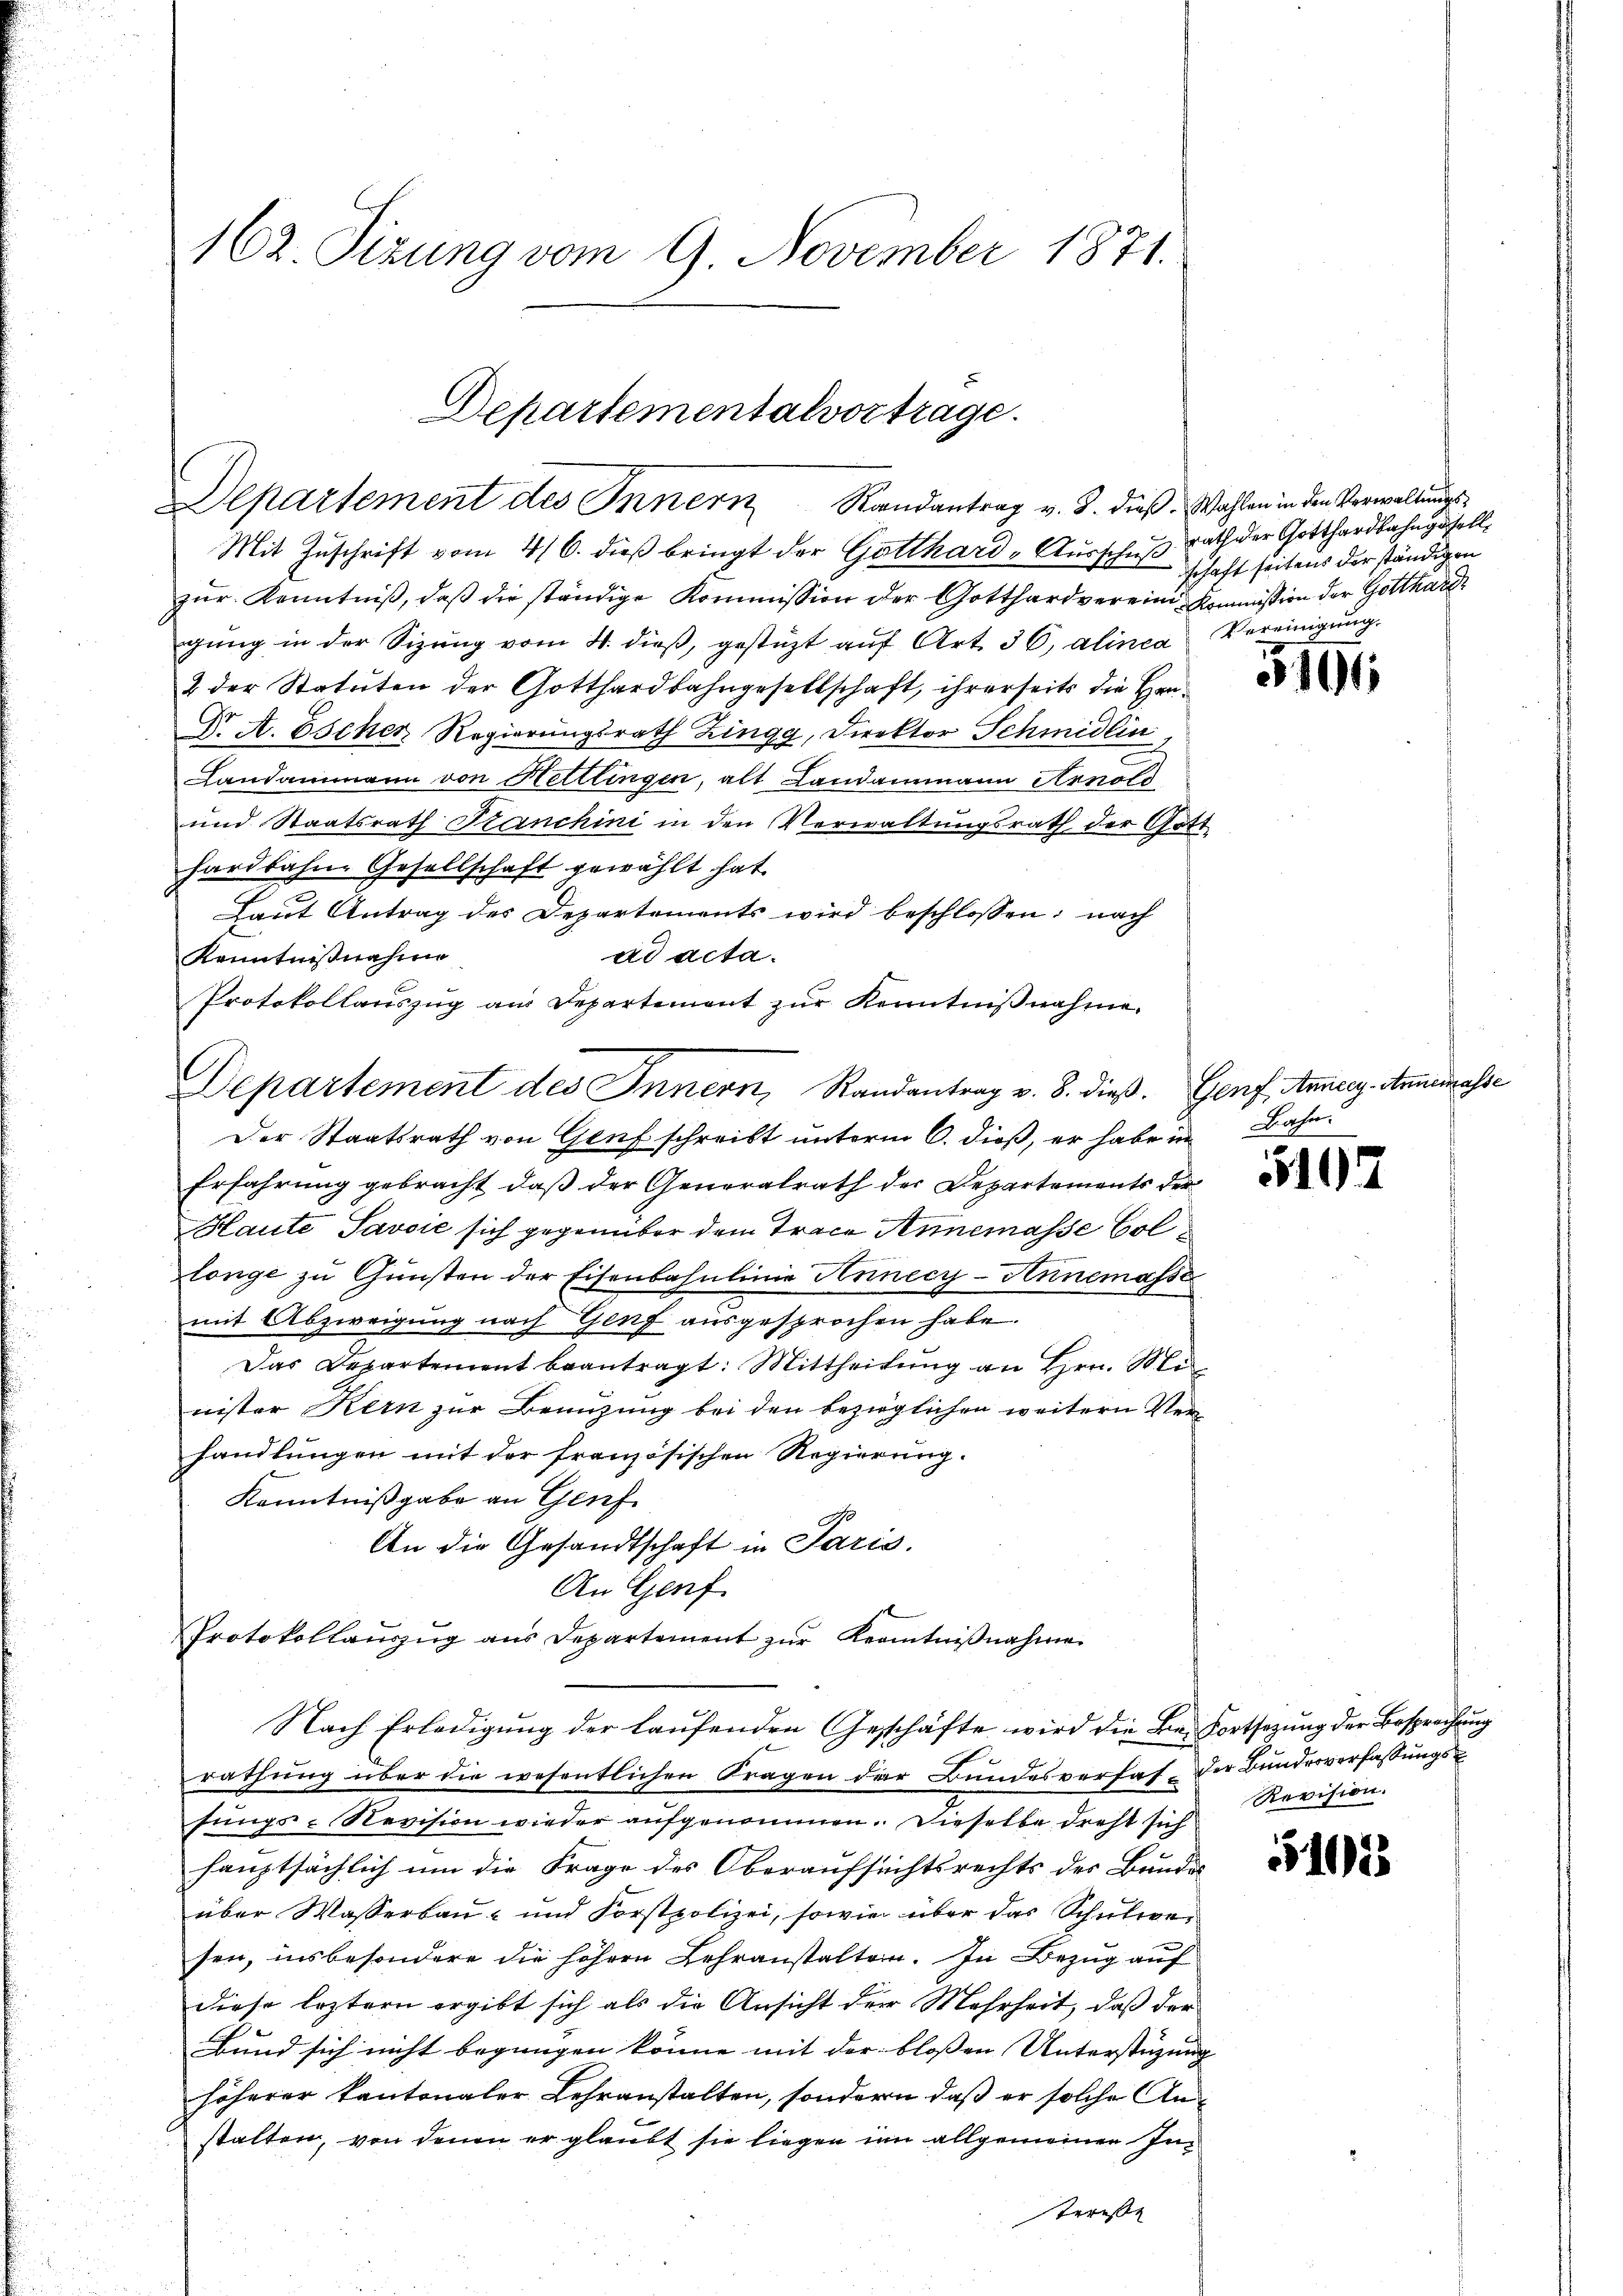
162. Sizung vom 9. November 1871.

Mit Zuschrift vom 4/6. dieß bringt der Gatthard-Ausschuß
zur Kenntniß, daß die ständige Kommission der Gotthardvereine Kommission der Gotthard
gŭng in der Sizŭng vom 4. dieβ, gestützt aŭf Art. 36, alinea Vereinigung.
& der Statuten der Gotthardbahngesellschaft, ihrerseits die Han¬
D. A. Escher Regierungsrath Zingg, Direktor Schmidlin,
Landammann von Hettlingen, alt Landammann Arnold
und Staatsrath Franchini in den Verwaltungsrath der Gott
hardbahne Gesellschaft gewählt hat.
Laut Antrag des Departements wird beschlossen: nach
ad acta.
Kenntnißnahme
Protokollauszug am Departement zur Kenntnißnahme
Der Staatsrath von Genf schreibt unterm 6. dieß, er habe in Bahn
Erfahrung gebracht, daß der Generalrath der Departements der
Haute Savoić sich gegenüber dem Trace Annemasse Collönge zu Gunsten der Eisenbahnlinie Annecy-Annemasse
mit Abzweigung nach Genf ausgesprochen habe.
Das Departement beantragt: Mittheilŭng an Hrn. Mi
nister Kern zur Benuzung bei den bezüglichen weitern Verhandlungen mit der französischen Regierung.
Kenntnißgabe an Genf
An die Gesandtschaft in Paris.
An Genf
Protokollaŭszŭg ans Departement zŭr Kenntniβnahme
Nach Erledigŭng der laŭfenden Geschäfte wird die Be-Fortsetzŭng der Besprechung
rathung über die wesentlichen Fragen der Bundesverfas- der Bundesverfassungs-
fungs-Revision wieder aufgenommen. Dieselbe dreht sich
hauptsächlich um die Frage des Oberaufsuchtsrechts des Bundes
über Wasserbau- und Forstpolizei, sowie über das Schulwe
sen, insbesondere die höhern Lehranstalten. In Bezug auf
diese leztern ergibt sich als die Ansicht der Mehrheit, daß der
Bund sich nicht begnügen könne mit der blossen Unterstüzung |
höherer kantonaler Lehranstalten, sondern daß er solche Anstalten, von denen er glaubt sie liegen im allgemeinen Interesse

Departementalvortrage.
Departement des Innern Randantrag v. J. dieß. Wahlen in den Verwaltungs¬

Departement des Innern, Randantrag v. 8. dieß. Genf, Annieg. Annah¬

rath der Gotthardbahngesellschaft seitens der ständigen

519

5102

5402

Revision.